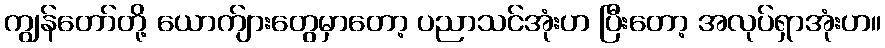
ကျွန်တော်တို့ ယောက်ျားတွေမှာတော့ ပညာသင်အုံးဟ ပြီးတော့ အလုပ်ရှာအုံးဟ။